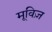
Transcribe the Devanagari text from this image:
मूविज़